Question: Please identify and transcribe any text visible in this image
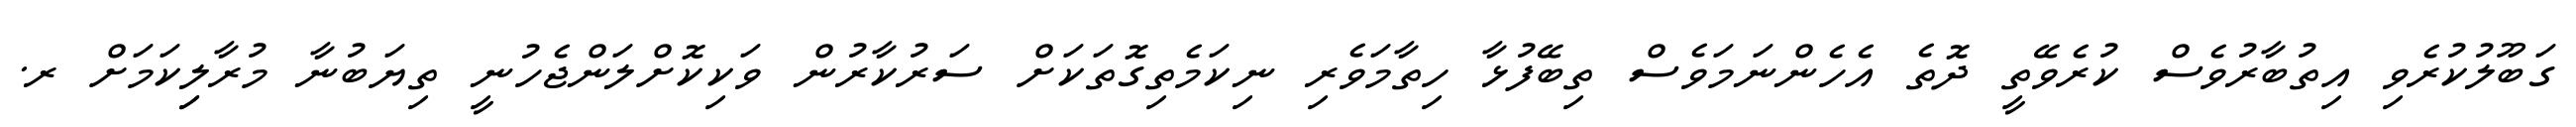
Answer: ގަބޫލުކުރެވި އިތުބާރުވެސް ކުރެވޭތީ ދޮތެ އެހެންނަމަވެސް ތިބޭފުޅާ ހިތާމަވެރި ނިކަމެތިގޮތަކަށް ސަރުކާރުން ވަކިކޮށްލަންޖެހުނީ ތިޔަބުނާ މުރާލިިކަމަށް ރ.